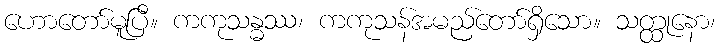
ဟောတော်မူပြီ။ ကကုသန္ဓဿ၊ ကကုသန်အမည်တော်ရှိသော။ သတ္ထုနော၊